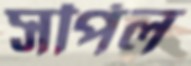
সর্পিল